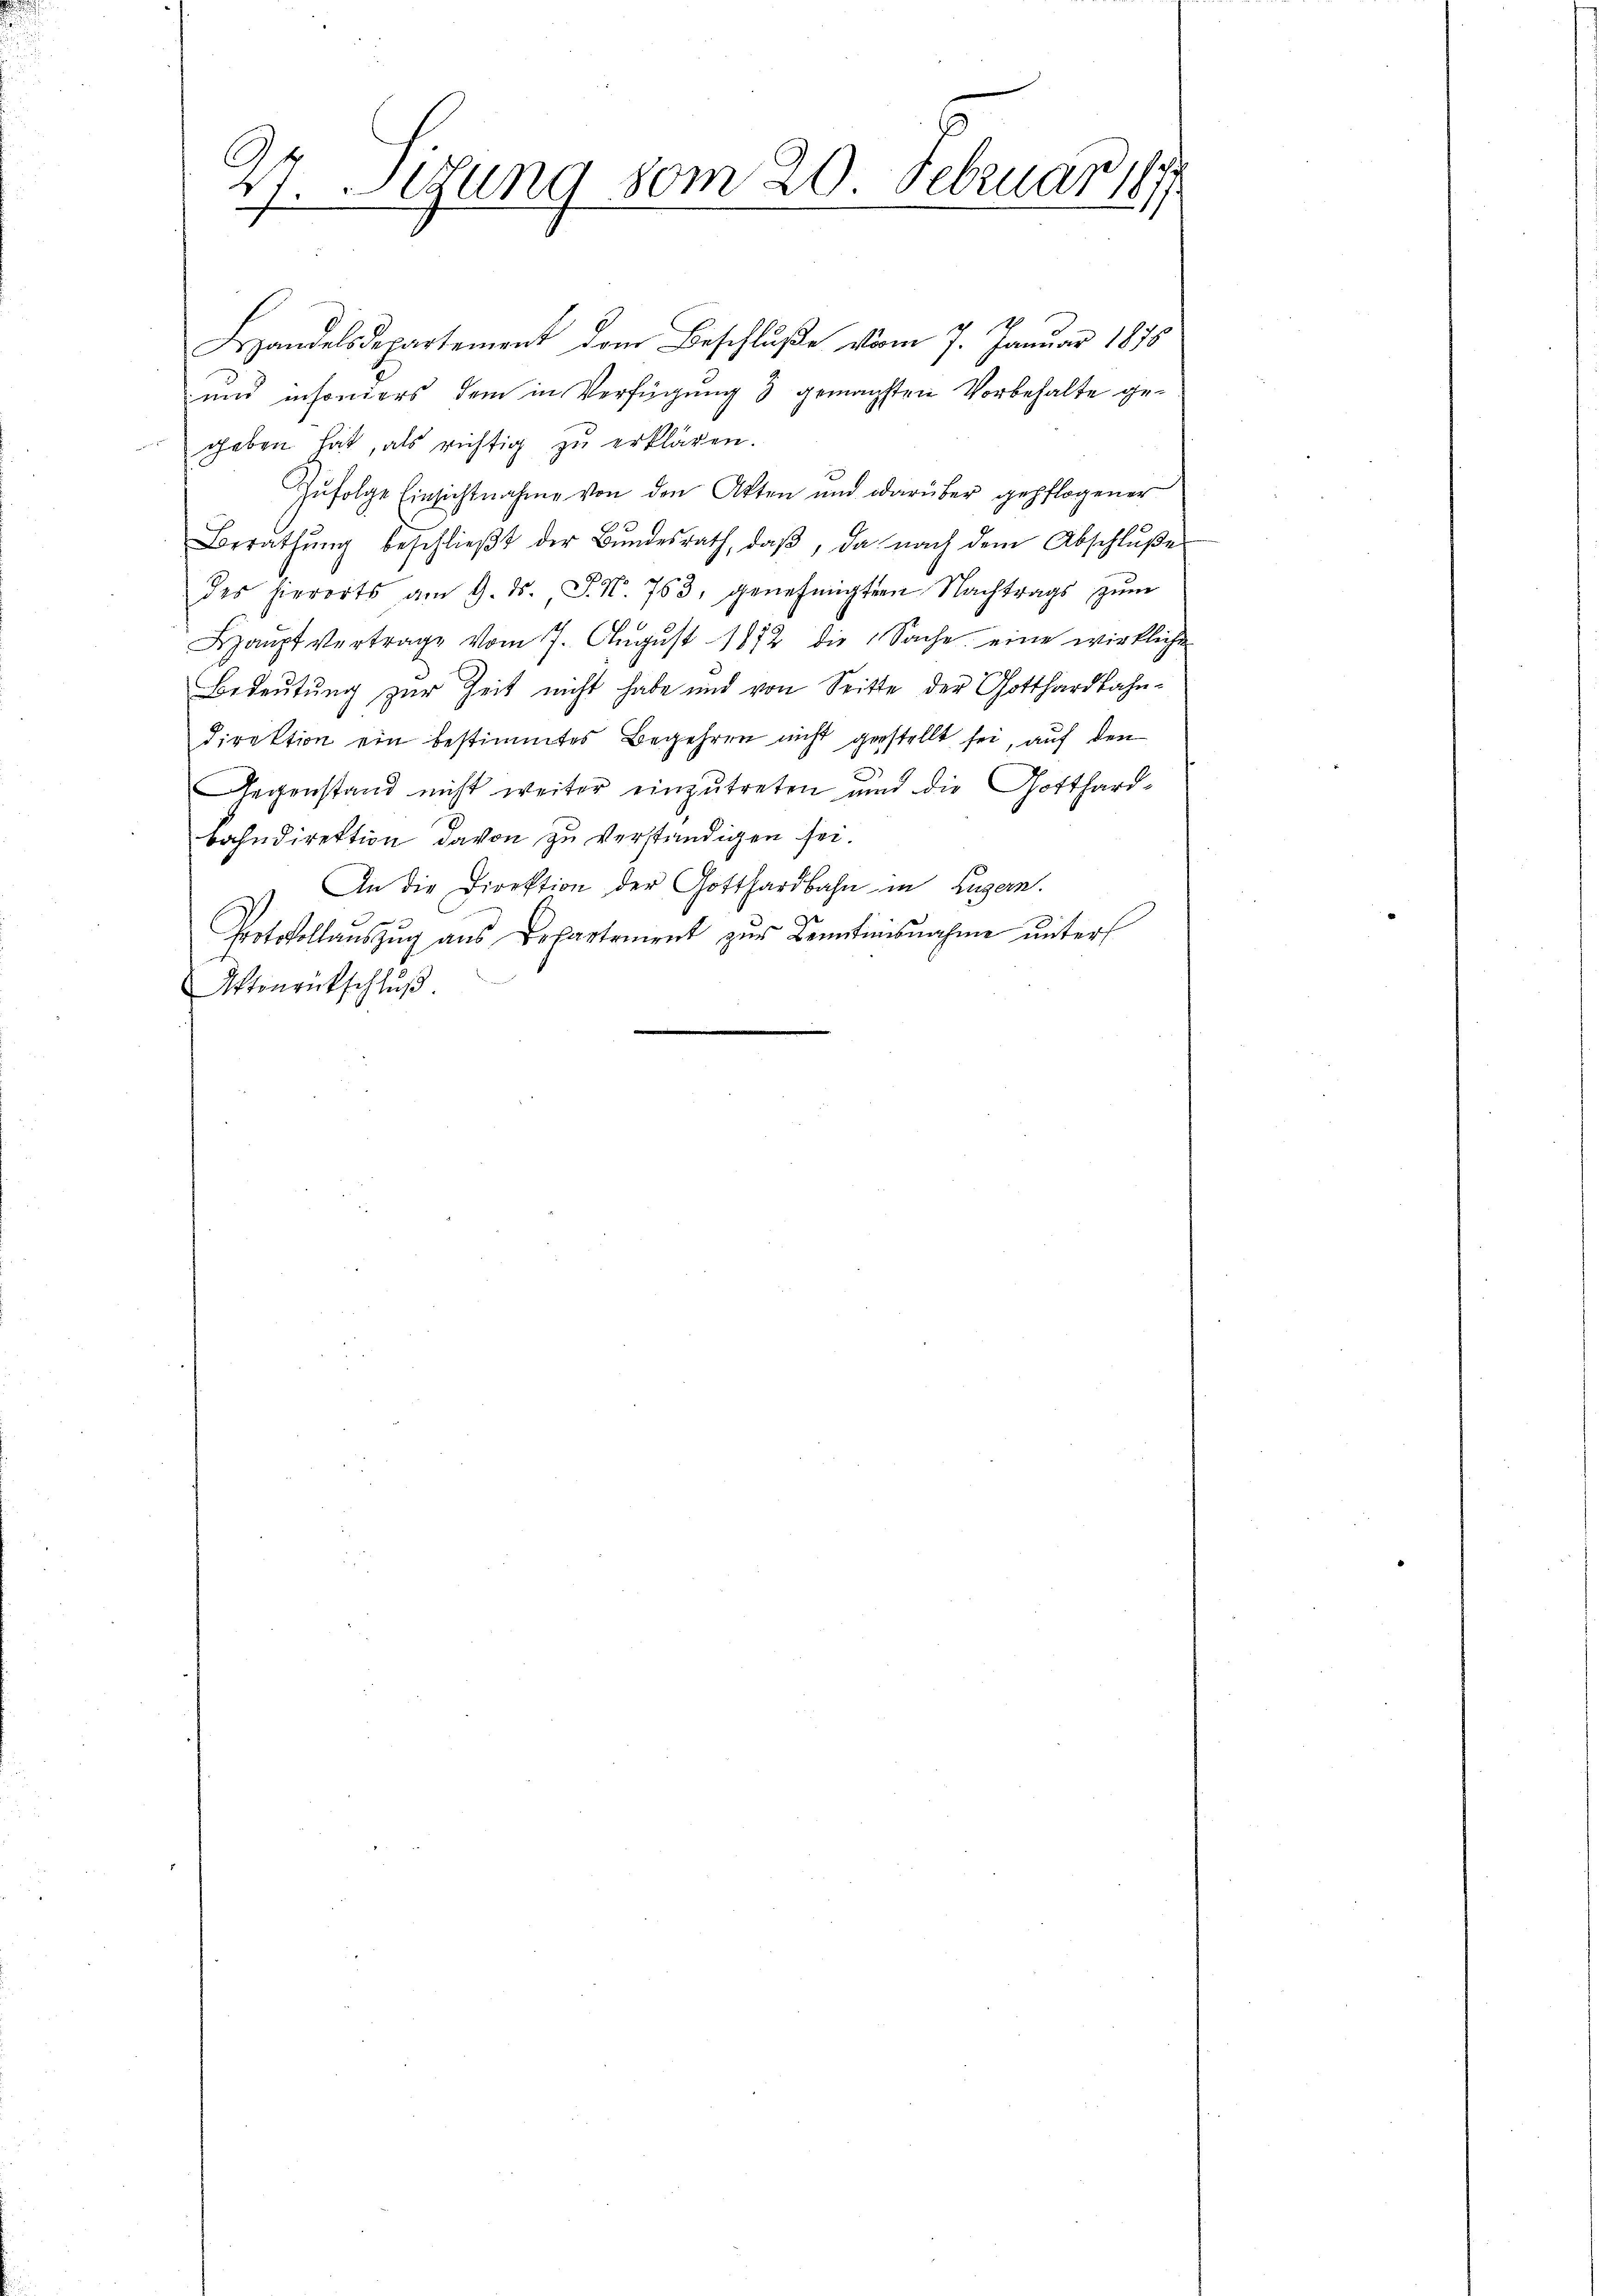
27. Sizung vom 20. Februar 189

Bandelsdepartement dem Beschluße vom 7. Januar 1878
und insoniers dem in Verfügung 3 gemachsten Vorbehalte gegeben hat, als richtig zu erklären.
Zufolge Einsichtnahme von den Akten und darüber gepflogener
Berathŭng beschlieβt der Bŭndesrath, daβ, da nach dem Abschlŭβe
des hierorts am 9. ds. J. N. 763, genehmigten Nachtrags zŭm
Haŭpt vertrage vom 7. Aŭgŭst 1872 die Sache eine wirkliche
Bedeutung zur Zeit nicht habe und von Seitte der Gotthardbahndirektion ein bestimmtes Begehren nicht gestellt sei, auf den
Gegenstand nicht weiter einzutreten und die Gotthard-
bahndirektion davon zu verständigen sei.
An die Direktion der Gotthardbahn in Luzern.
Gotvollaŭszŭg ans Departement zŭr Benutinisnahme unter
ftonrückschlŭβ